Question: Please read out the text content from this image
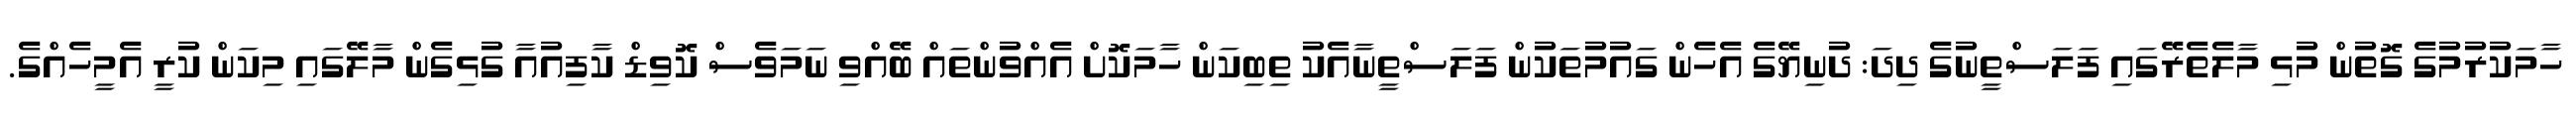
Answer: ހާމަކުރުމުގެ ގޮތުން މުޅި މާލެތެރޭގައި ފަލަސްތީނުގެ ދިދަ: ދުނިޔޭގެ އެހެން ގައުމުތަކުން ފަލަސްތީނާއެކު ތިބިކަން ހާމަކޮށް އެއްވުންތައް ބޭއްވި ނަމަވެސް ކޮވިޑް ކާފިއުއާ ގުޅިގެން މާލޭގައި މިކަން ކުރީ އެމީހެއްގެ.